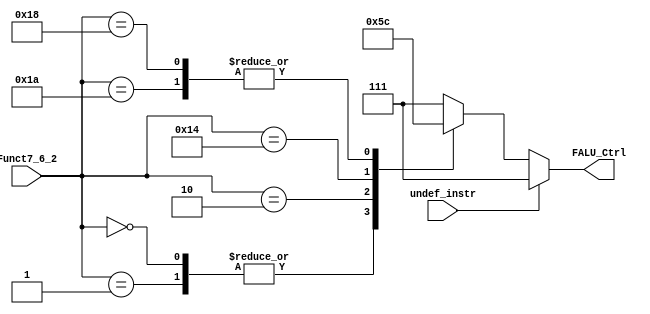
module FALU_Control
#(
	parameter ALU_DECODER_IN = 3
)
(
	// Input
	input  wire [4:0] Funct7_6_2,
	input  wire       undef_instr,      
	// Output
	output reg  [ALU_DECODER_IN-1:0] FALU_Ctrl
);

wire [4:0] instr_def;

assign instr_def = Funct7_6_2;

localparam ADD   = 5'b00000;
localparam SUB   = 5'b00001;

localparam MUL   = 5'b00010;
// localparam DIV   = 5'b00011;

localparam CMP   = 5'b10100;

localparam CVTFI = 5'b11000; // FLoating ==> Integer
localparam CVTIF = 5'b11010; // Integer  ==> Floating

always @(*) begin
	if (undef_instr) begin
		FALU_Ctrl = 3'b111;
	end
	else begin
		FALU_Ctrl = 3'b111;
		case (instr_def) 
			ADD , SUB     : FALU_Ctrl = 3'b000;
			MUL 	      : FALU_Ctrl = 3'b001;
			// DIV 	      : FALU_Ctrl = 3'b010; 
			CMP		      : FALU_Ctrl = 3'b011;
			CVTFI , CVTIF : FALU_Ctrl = 3'b100;
			default   	  : FALU_Ctrl = 3'b111;
		endcase
	end
end

endmodule